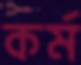
কর্ম